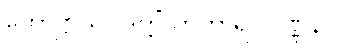
ကောဋ္ဌာသ (ဒွတ္တိံသာတာရ) ဝဏ္ဏနာ။